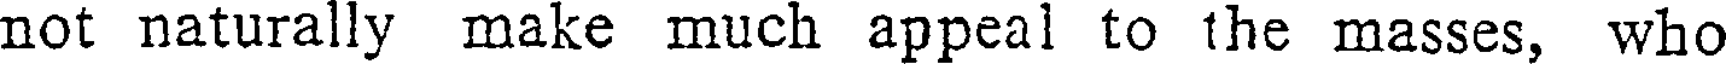
not naturally make much appeal to the masses, who